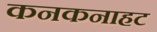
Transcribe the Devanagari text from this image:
कनकनाहट